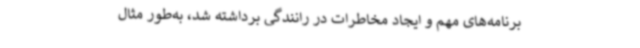
برنامه‌های مهم و ایجاد مخاطرات در رانندگی برداشته شد، به‌طور مثال